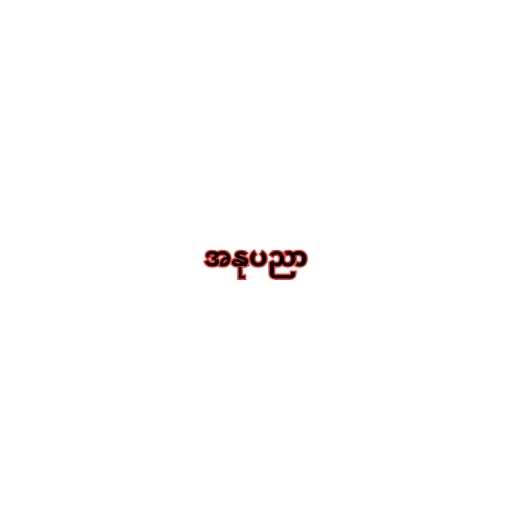
အနုပညာ